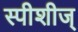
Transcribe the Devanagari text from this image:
स्पीशीज्